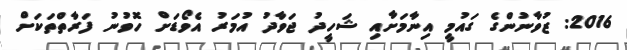
2016: ޒުވާނުންގެ ގައުމީ އިނާމަށާއި ޝަހީދު ޖަވާދު އުމަރު އެވޯޑަށް ހޮވުނު ފަރާތްތަކަށް